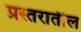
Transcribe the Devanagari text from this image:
प्रस्तरातील